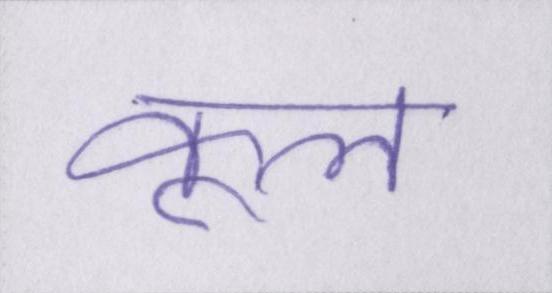
कूल